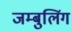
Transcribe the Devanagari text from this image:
जम्बुलिंग